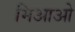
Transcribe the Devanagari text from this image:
मिआओ